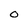
Character: O